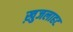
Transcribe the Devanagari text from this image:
ख़ुजलाहट